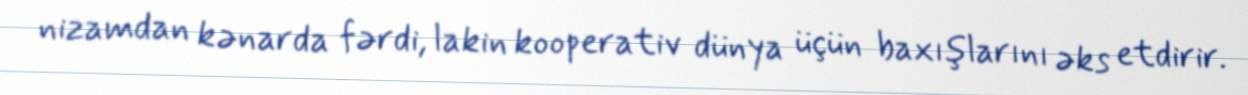
nizamdan kənarda fərdi, lakin kooperativ dünya üçün baxışlarını əks etdirir.